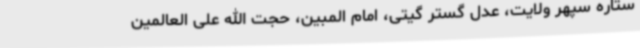
ستاره سپهر ولایت، عدل گستر گیتی، امام المبین، حجت الله علی العالمین